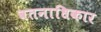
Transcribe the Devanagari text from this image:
वतनाधिकार